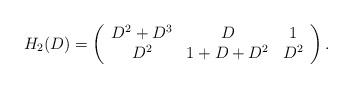
LaTeX: \begin{align*}H_2(D)=\left(\begin{array}{ccc}D^2+D^3& D & 1 \\D^2& 1+D+D^2 & D^2 \end{array}\right) .\end{align*}